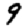
Digit: 9